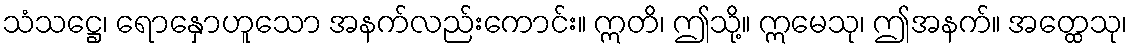
သံသဋ္ဌေ၊ ရောနှောဟူသော အနက်လည်းကောင်း။ ဣတိ၊ ဤသို့။ ဣမေသု၊ ဤအနက်။ အတ္ထေသု၊